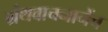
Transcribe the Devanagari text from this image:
ग्रंथवाचनानेंच